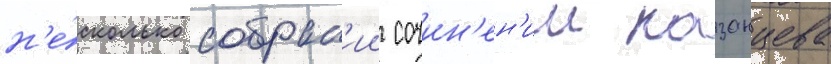
н'е́сколько собран'ии сочин'ен'ии казанцева